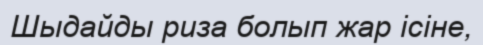
Шыдайды риза болып жар ісіне,